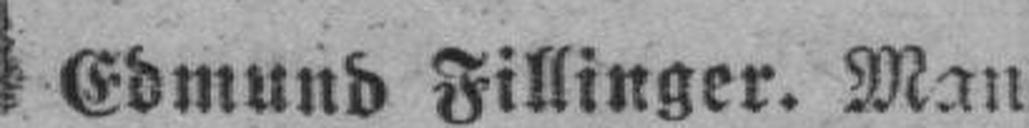
Edmund Fillinger. Man